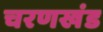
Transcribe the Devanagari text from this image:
चरणखंड